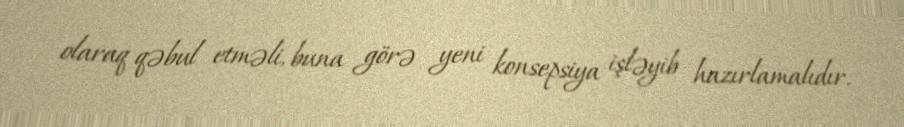
olaraq qəbul etməli, buna görə yeni konsepsiya işləyib hazırlamalıdır.